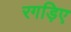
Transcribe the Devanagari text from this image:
रगड़िए